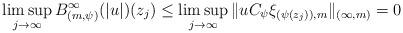
LaTeX: \begin{align*}\limsup_{j\to \infty} B_{(m,\psi)}^\infty (|u|)(z_j) \leq \limsup_{j\to \infty}\| uC_\psi \xi_{(\psi(z_j)), m} \|_{(\infty,m)}=0\end{align*}